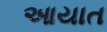
આયાત